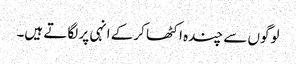
لوگوں سے چندہ اکٹھا کرکے انہی پر لگاتے ہیں۔